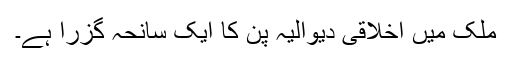
ملک میں اخلاقی دیوالیہ پن کا ایک سانحہ گزرا ہے۔